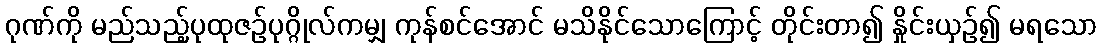
ဂုဏ်ကို မည်သည့်ပုထုဇဉ်ပုဂ္ဂိုလ်ကမျှ ကုန်စင်အောင် မသိနိုင်သောကြောင့် တိုင်းတာ၍ နှိုင်းယှဉ်၍ မရသော